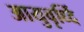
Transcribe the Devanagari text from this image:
आयुवृर्ध्दि